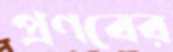
প্রণবের